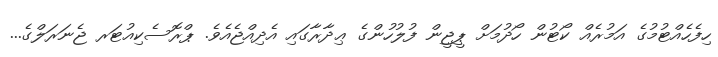
ހިފެހެއްޓުމުގެ އަމުރެއް ކޯޓުން ހޯދުމަށް ޕީޖީން ފުލުހުންގެ ޢިދާރާގައި އެދިއްޖެއެވެ. ޕްރޮސެކިއުޓަރ ޖެނަރަލްގެ...